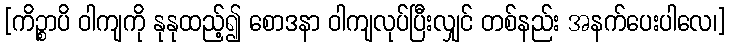
[ကိဉ္စာပိ ဝါကျကို နုနုထည့်၍ စောဒနာ ဝါကျလုပ်ပြီးလျှင် တစ်နည်း အနက်ပေးပါလေ၊]